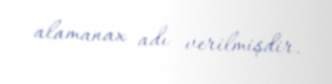
alamanax adı verilmişdir.